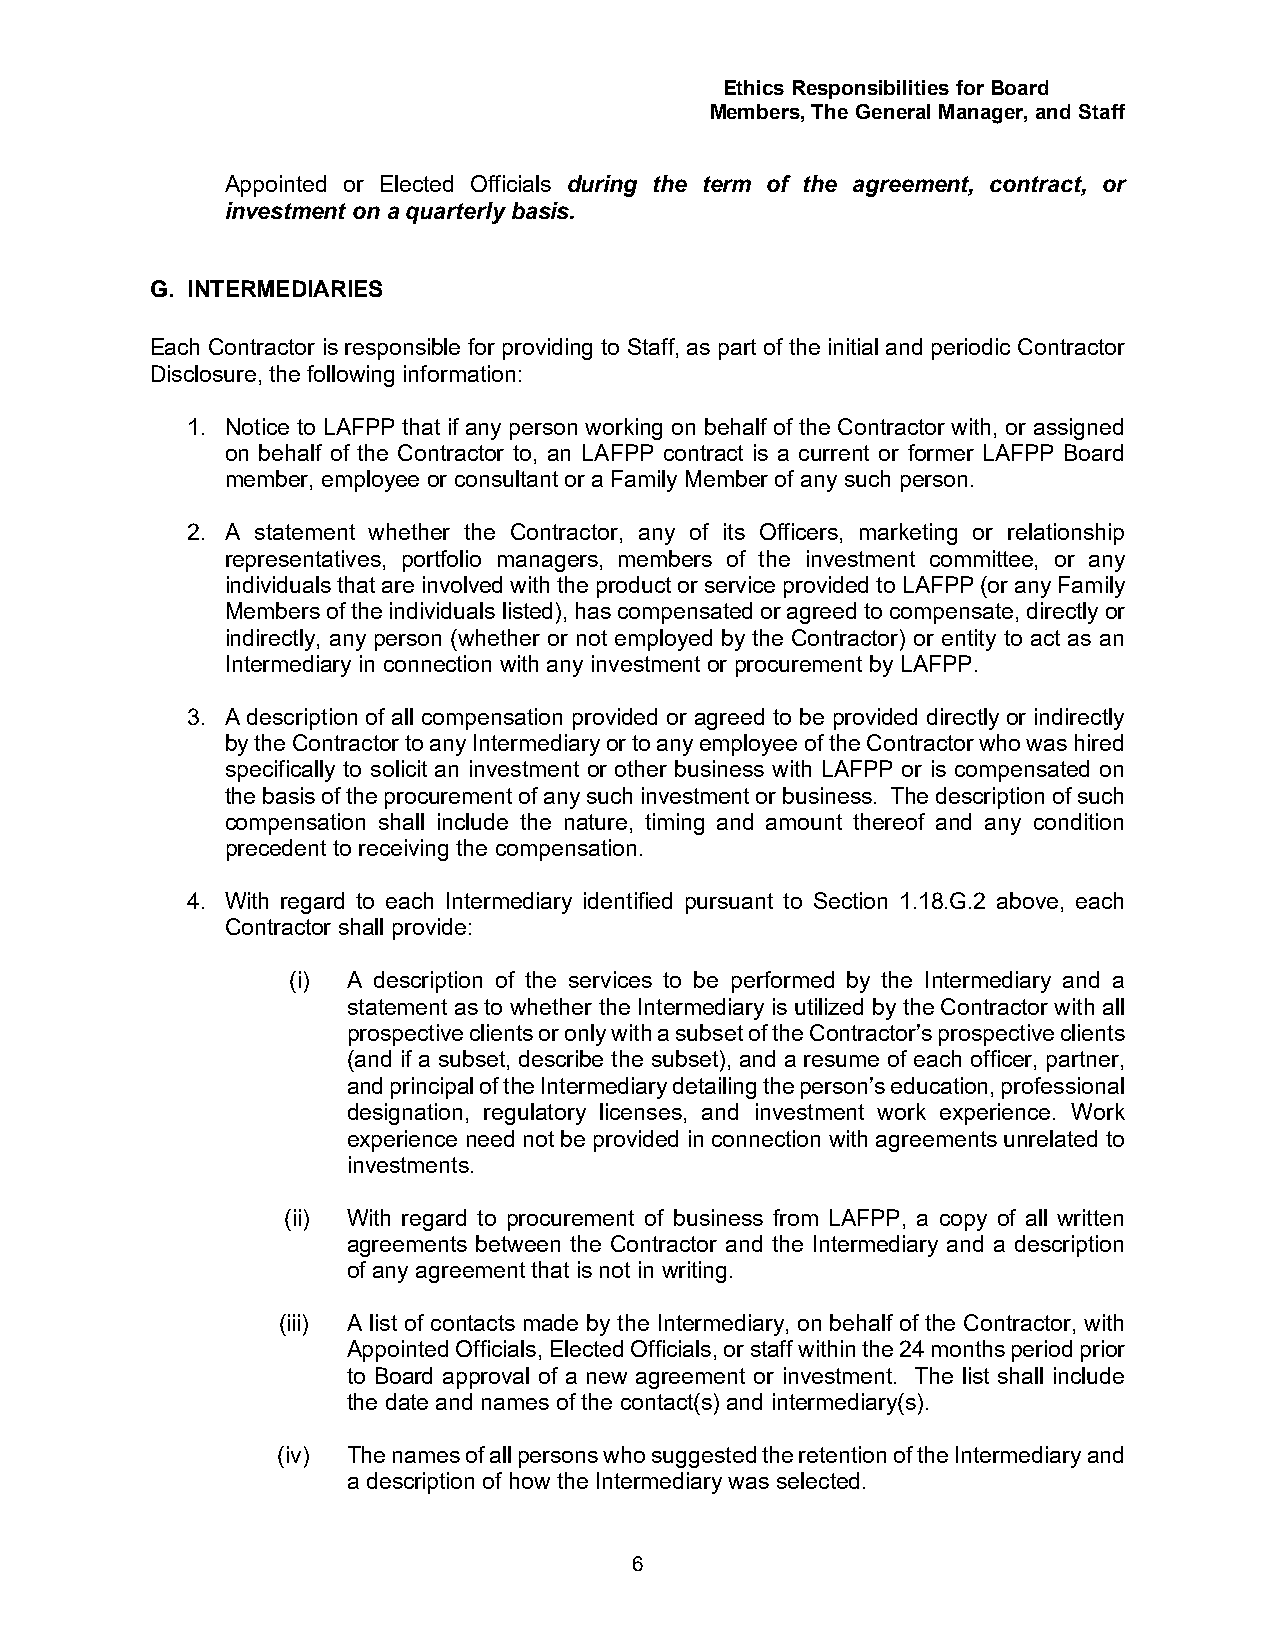
Ethics Responsibilities for Board
 Members, The General Manager, and Staff
 Appointed or Elected Officials during the term of the agreement, contract, or
 investment on a quarterly basis.
 G. INTERMEDIARIES
 Each Contractor is responsible for providing to Staff, as part of the initial and periodic Contractor
 Disclosure, the following information:
 1. Notice to LAFPP that if any person working on behalf of the Contractor with, or assigned
 on behalf of the Contractor to, an LAFPP contract is a current or former LAFPP Board
 member, employee or consultant or a Family Member of any such person.
 2. A statement whether the Contractor, any of its Officers, marketing or relationship
 representatives, portfolio managers, members of the investment committee, or any
 individuals that are involved with the product or service provided to LAFPP (or any Family
 Members of the individuals listed), has compensated or agreed to compensate, directly or
 indirectly, any person (whether or not employed by the Contractor) or entity to act as an
 Intermediary in connection with any investment or procurement by LAFPP.
 3. A description of all compensation provided or agreed to be provided directly or indirectly
 by the Contractor to any Intermediary or to any employee of the Contractor who was hired
 specifically to solicit an investment or other business with LAFPP or is compensated on
 the basis of the procurement of any such investment or business. The description of such
 compensation shall include the nature, timing and amount thereof and any condition
 precedent to receiving the compensation.
 4. With regard to each Intermediary identified pursuant to Section 1.18.G.2 above, each
 Contractor shall provide:
 (i) A description of the services to be performed by the Intermediary and a
 statement as to whether the Intermediary is utilized by the Contractor with all
 prospective clients or only with a subset of the Contractor’s prospective clients
 (and if a subset, describe the subset), and a resume of each officer, partner,
 and principal of the Intermediary detailing the person’s education, professional
 designation, regulatory licenses, and investment work experience. Work
 experience need not be provided in connection with agreements unrelated to
 investments.
 (ii) With regard to procurement of business from LAFPP, a copy of all written
 agreements between the Contractor and the Intermediary and a description
 of any agreement that is not in writing.
 (iii) A list of contacts made by the Intermediary, on behalf of the Contractor, with
 Appointed Officials, Elected Officials, or staff within the 24 months period prior
 to Board approval of a new agreement or investment. The list shall include
 the date and names of the contact(s) and intermediary(s).
 (iv) The names of all persons who suggested the retention of the Intermediary and
 a description of how the Intermediary was selected.
 6